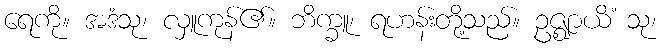
ရေကို။ အဒံသု၊ လှူကုန်၏။ ဘိက္ခူ၊ ရဟန်းတို့သည်။ ဥဇ္ဈာယိံ သု၊